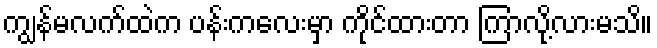
ကျွန်မလက်ထဲက ပန်းကလေးမှာ ကိုင်ထားတာ ကြာလို့လားမသိ။